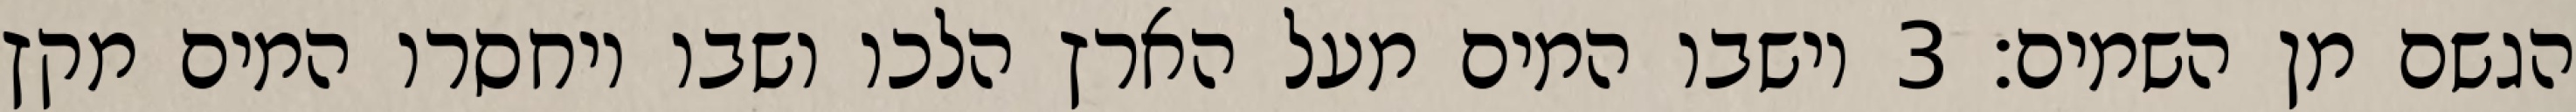
הגשם מן השמים׃ ‎3‏ וישבו המים מעל הארץ הלכו ושבו ויחסרו המים מקץ